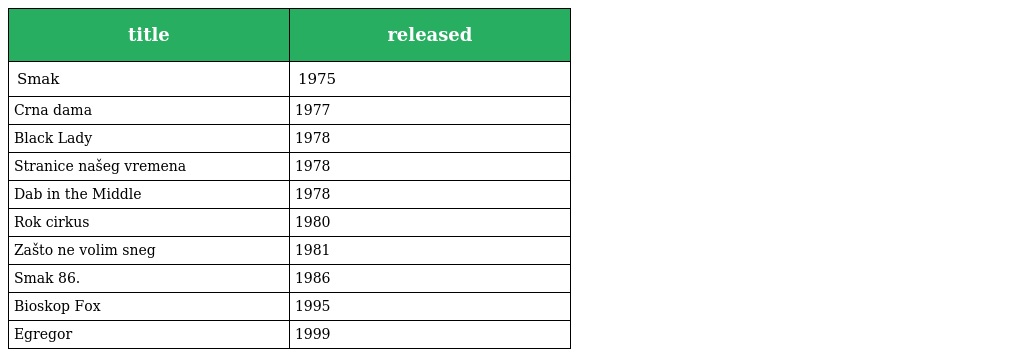
| title | released |
 | --- | --- |
 | Smak | 1975 |
 | Crna dama | 1977 |
 | Black Lady | 1978 |
 | Stranice našeg vremena | 1978 |
 | Dab in the Middle | 1978 |
 | Rok cirkus | 1980 |
 | Zašto ne volim sneg | 1981 |
 | Smak 86. | 1986 |
 | Bioskop Fox | 1995 |
 | Egregor | 1999 |